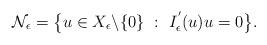
LaTeX: \begin{align*}\mathcal{N}_{\epsilon} = \big\{ u \in X_{\epsilon}\backslash \{0 \} \ : \ I^{'}_{\epsilon}(u)u = 0 \big\}.\end{align*}